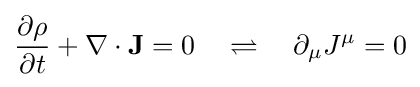
{\frac {\partial \rho }{\partial t}}+\nabla \cdot \mathbf {J} =0\quad \rightleftharpoons \quad \partial _{\mu }J^{\mu }=0